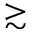
\gtrsim